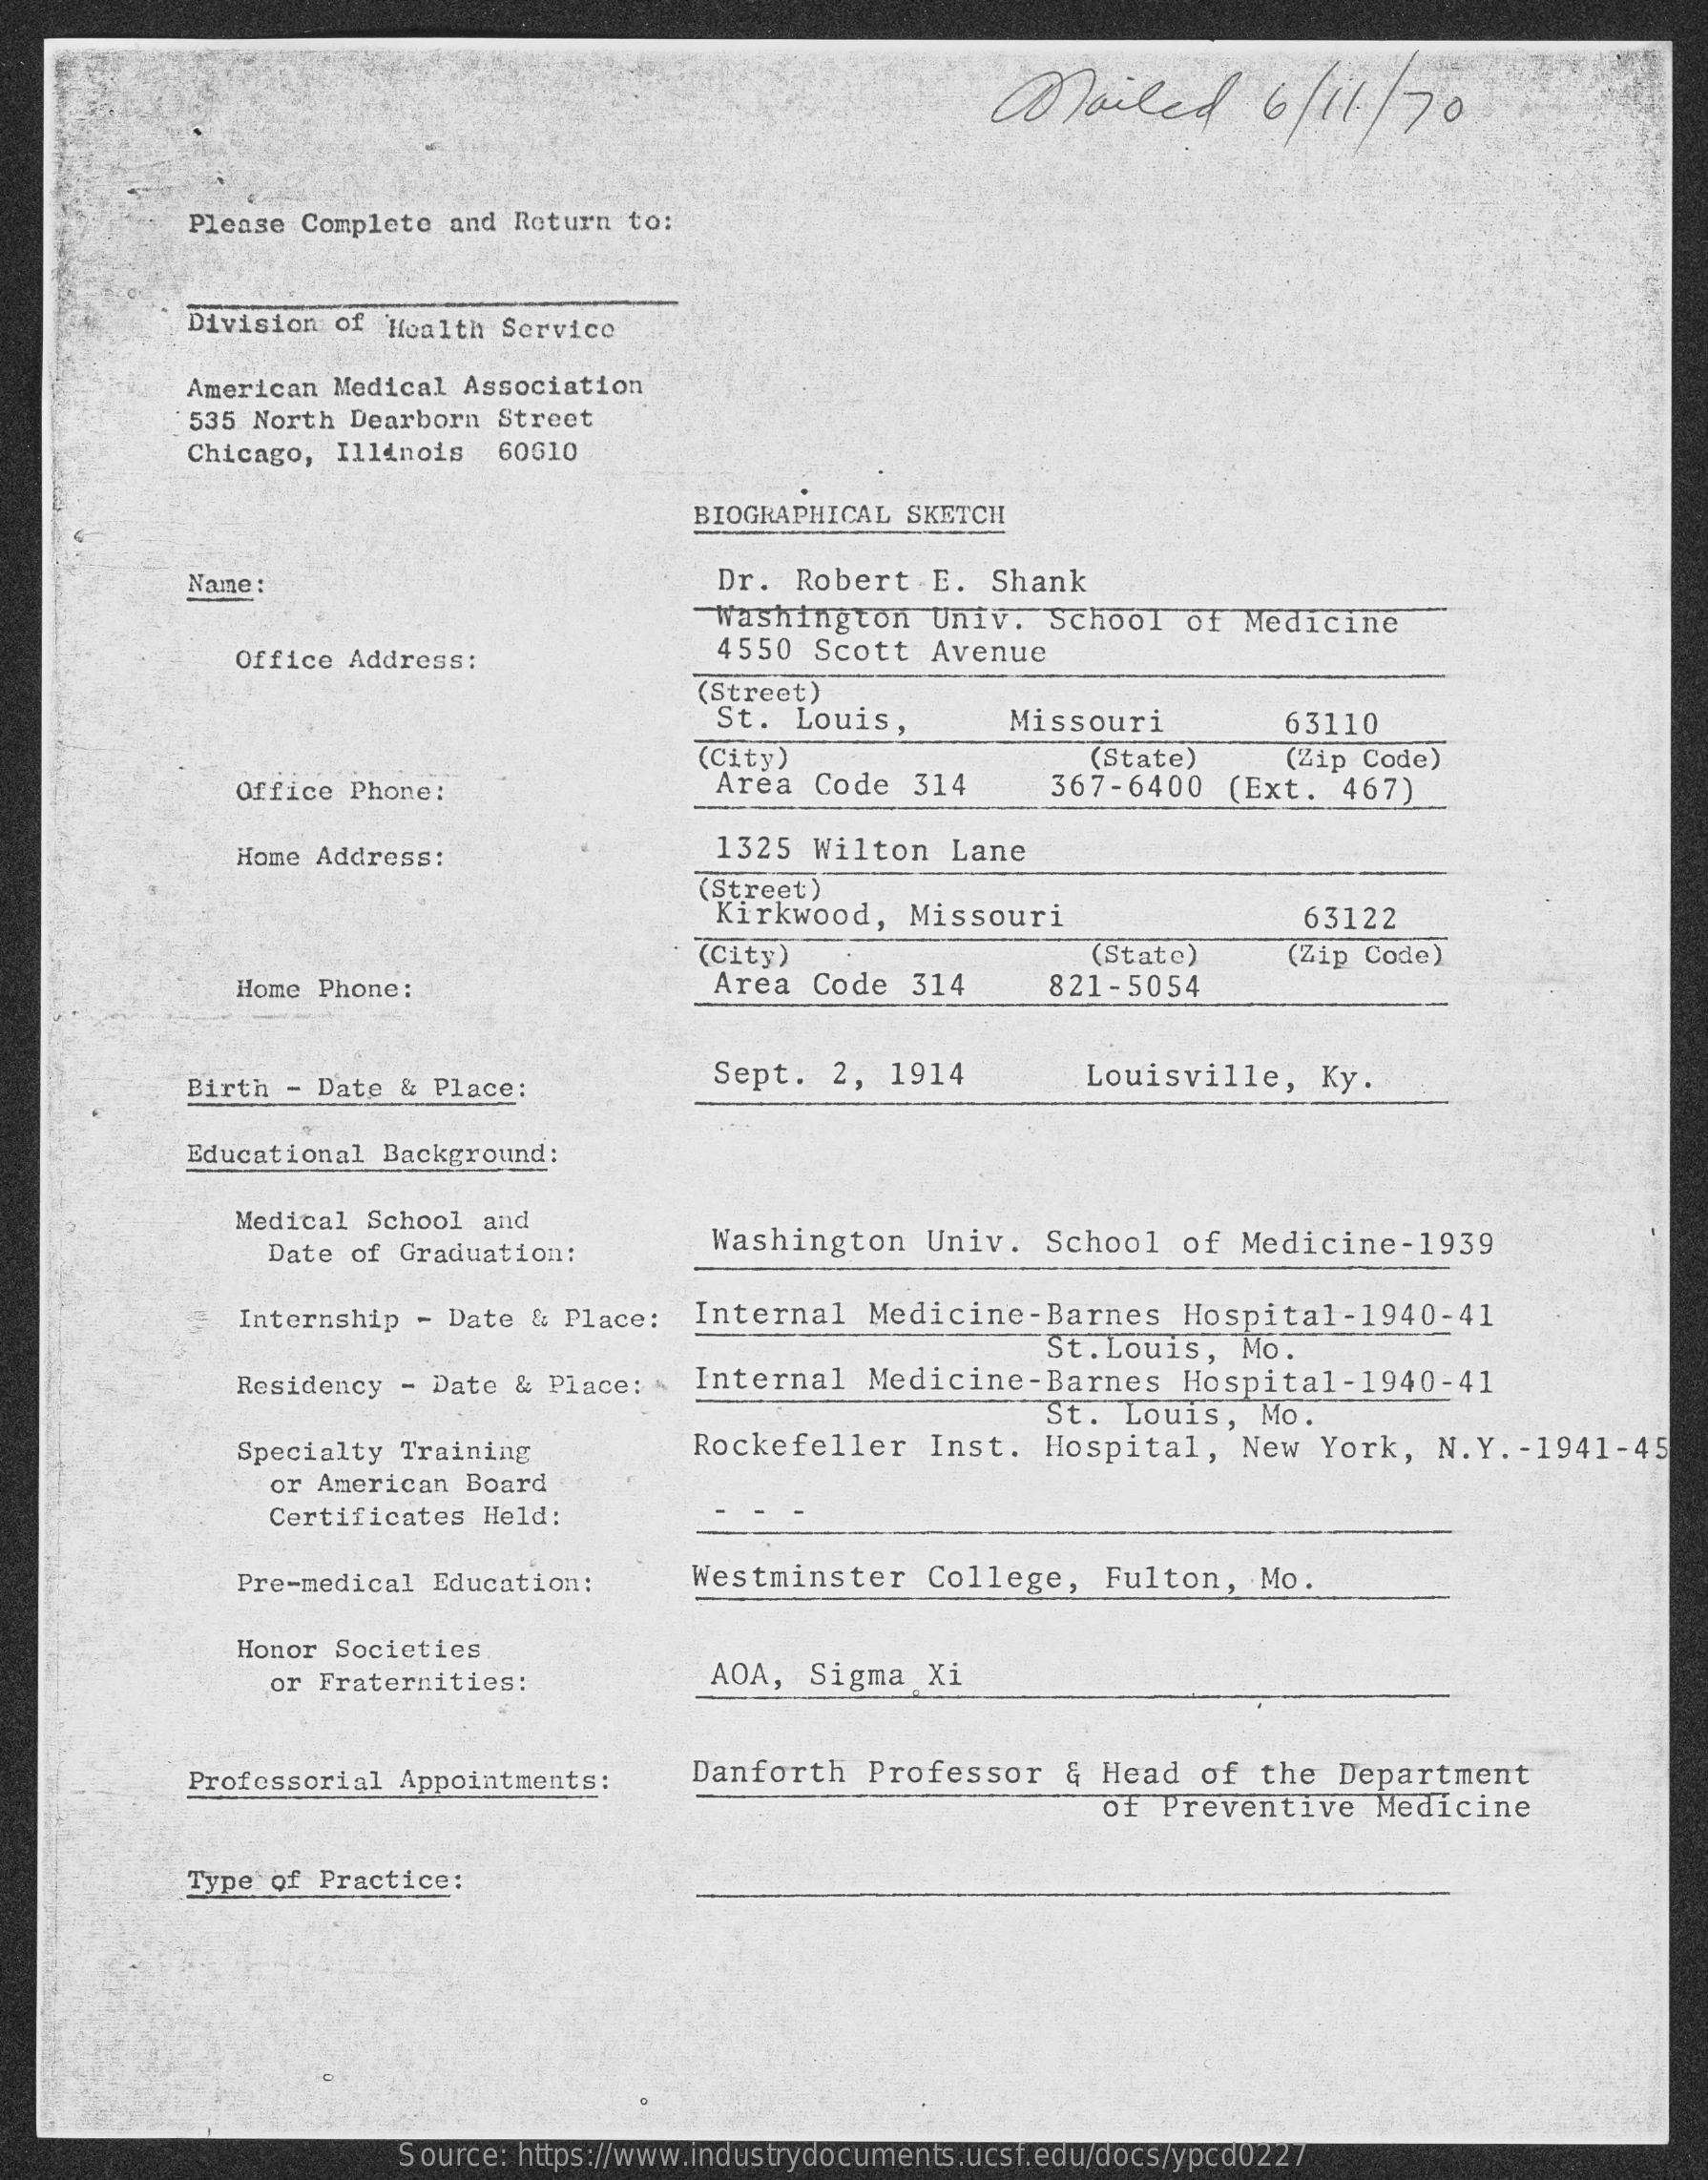
mailed    6 / 11 / 70
     Please Complete and Return to:
     Division of Health Service
     American Medical Association
     535 North Dearborn Street
     Chicago, Illinois 60010
     BIOGRAPHICAL SKETCH
     Name:    Dr. Robert -E. Shank
     Washington Univ. School of Medicine
     Office Address:    4550 Scott Avenue
     (Street)
     St. Louis,    Missouri    63110
     (City)
     Office Phone:    Area Code 314
     (State)   (Zip Code)
     367-6400 (Ext. 467)
     Home Address:    1325 Wilton Lane
     (Street)
     Kirkwood, Missouri    63122
     (City)    (State)
     Home Phone:    Area Code 314   821-5054
     (Zip Code)
     Birth - Date & Place:
     Sept. 2, 1914    Louisville, Ky.
     Educational Background:
     Medical School and
     Date of Graduation: Washington Univ. School of Medicine-1939
     Internship - Date & Place: Internal Medicine-Barnes Hospital-1940-41
     St.Louis, Mo.
     Residency - Date & Place: Internal Medicine-Barnes Hospital-1940-41
     St. Louis, Mo.
     Specialty Training   Rockefeller Inst. Hospital, New York, N.Y. - 1941-45
     or American Board
     Certificates Held:
     Pre-medical Education: Westminster College, Fulton, Mo.
     Honor Societies
     or Fraternities:    AOA, Sigma Xi
     Professorial Appointments: Danforth Professor & Head of the Department
     of Preventive Medicine
     Type of Practice:
     Source: https://www.industrydocuments.ucsf.edu/docs/ypcd0227